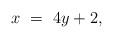
LaTeX: \begin{align*} x \ = \ 4y+2,\end{align*}